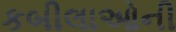
કબીલાઓની